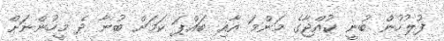
ފުލުުހުން ބުނީ ކުއްޖާގެ މަންމަ އާއި ބައްޕަ ކަމަށް ބުނާ ދެ މީހުންނަށް